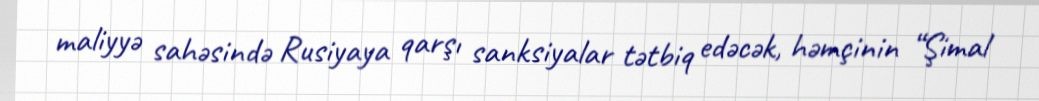
maliyyə sahəsində Rusiyaya qarşı sanksiyalar tətbiq edəcək, həmçinin “Şimal